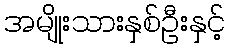
အမျိုးသားနှစ်ဦးနှင့်